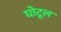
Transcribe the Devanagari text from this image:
घोटूल